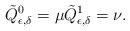
LaTeX: \begin{align*}\tilde Q_{\epsilon,\delta}^0=\mu \tilde Q_{\epsilon,\delta}^1= \nu.\end{align*}